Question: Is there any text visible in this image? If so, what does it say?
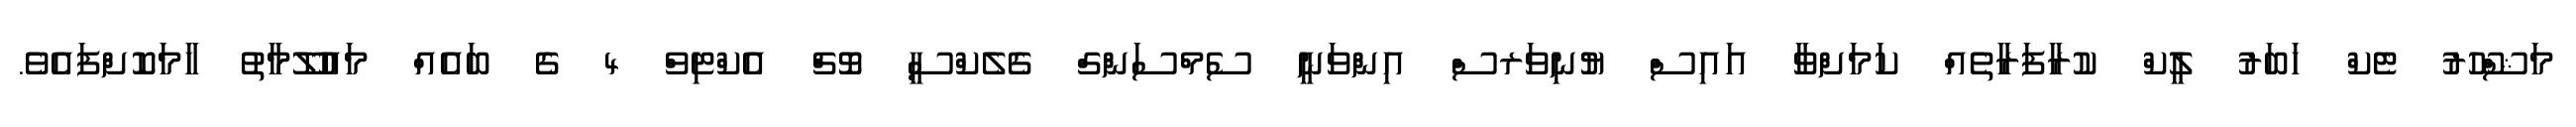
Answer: މަޝްހޫރު ޓެކް ހަބަރު ލީކް ކުރާފަރާތެއް ކަމަށްވާ އައިސް ޔުނިވަރސް އިންވަނީ ސެމްސަންގް ގެލެކްސީ ވޮޗް އެކްޓިވް 4 ގެ ބައެއް މައުލޫމާތު ހާމަކޮށްފައެވެ.